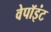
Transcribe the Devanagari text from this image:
वेपॉइंट